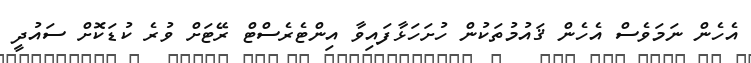
އެހެން ނަމަވެސް އެހެން ޤައުމުތަކުން ހުށަހަޅާފައިވާ އިންޓެރެސްޓް ރޭޓަށް ވުރެ ކުޑަކޮށް ސައުދީ